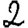
Digit: 2